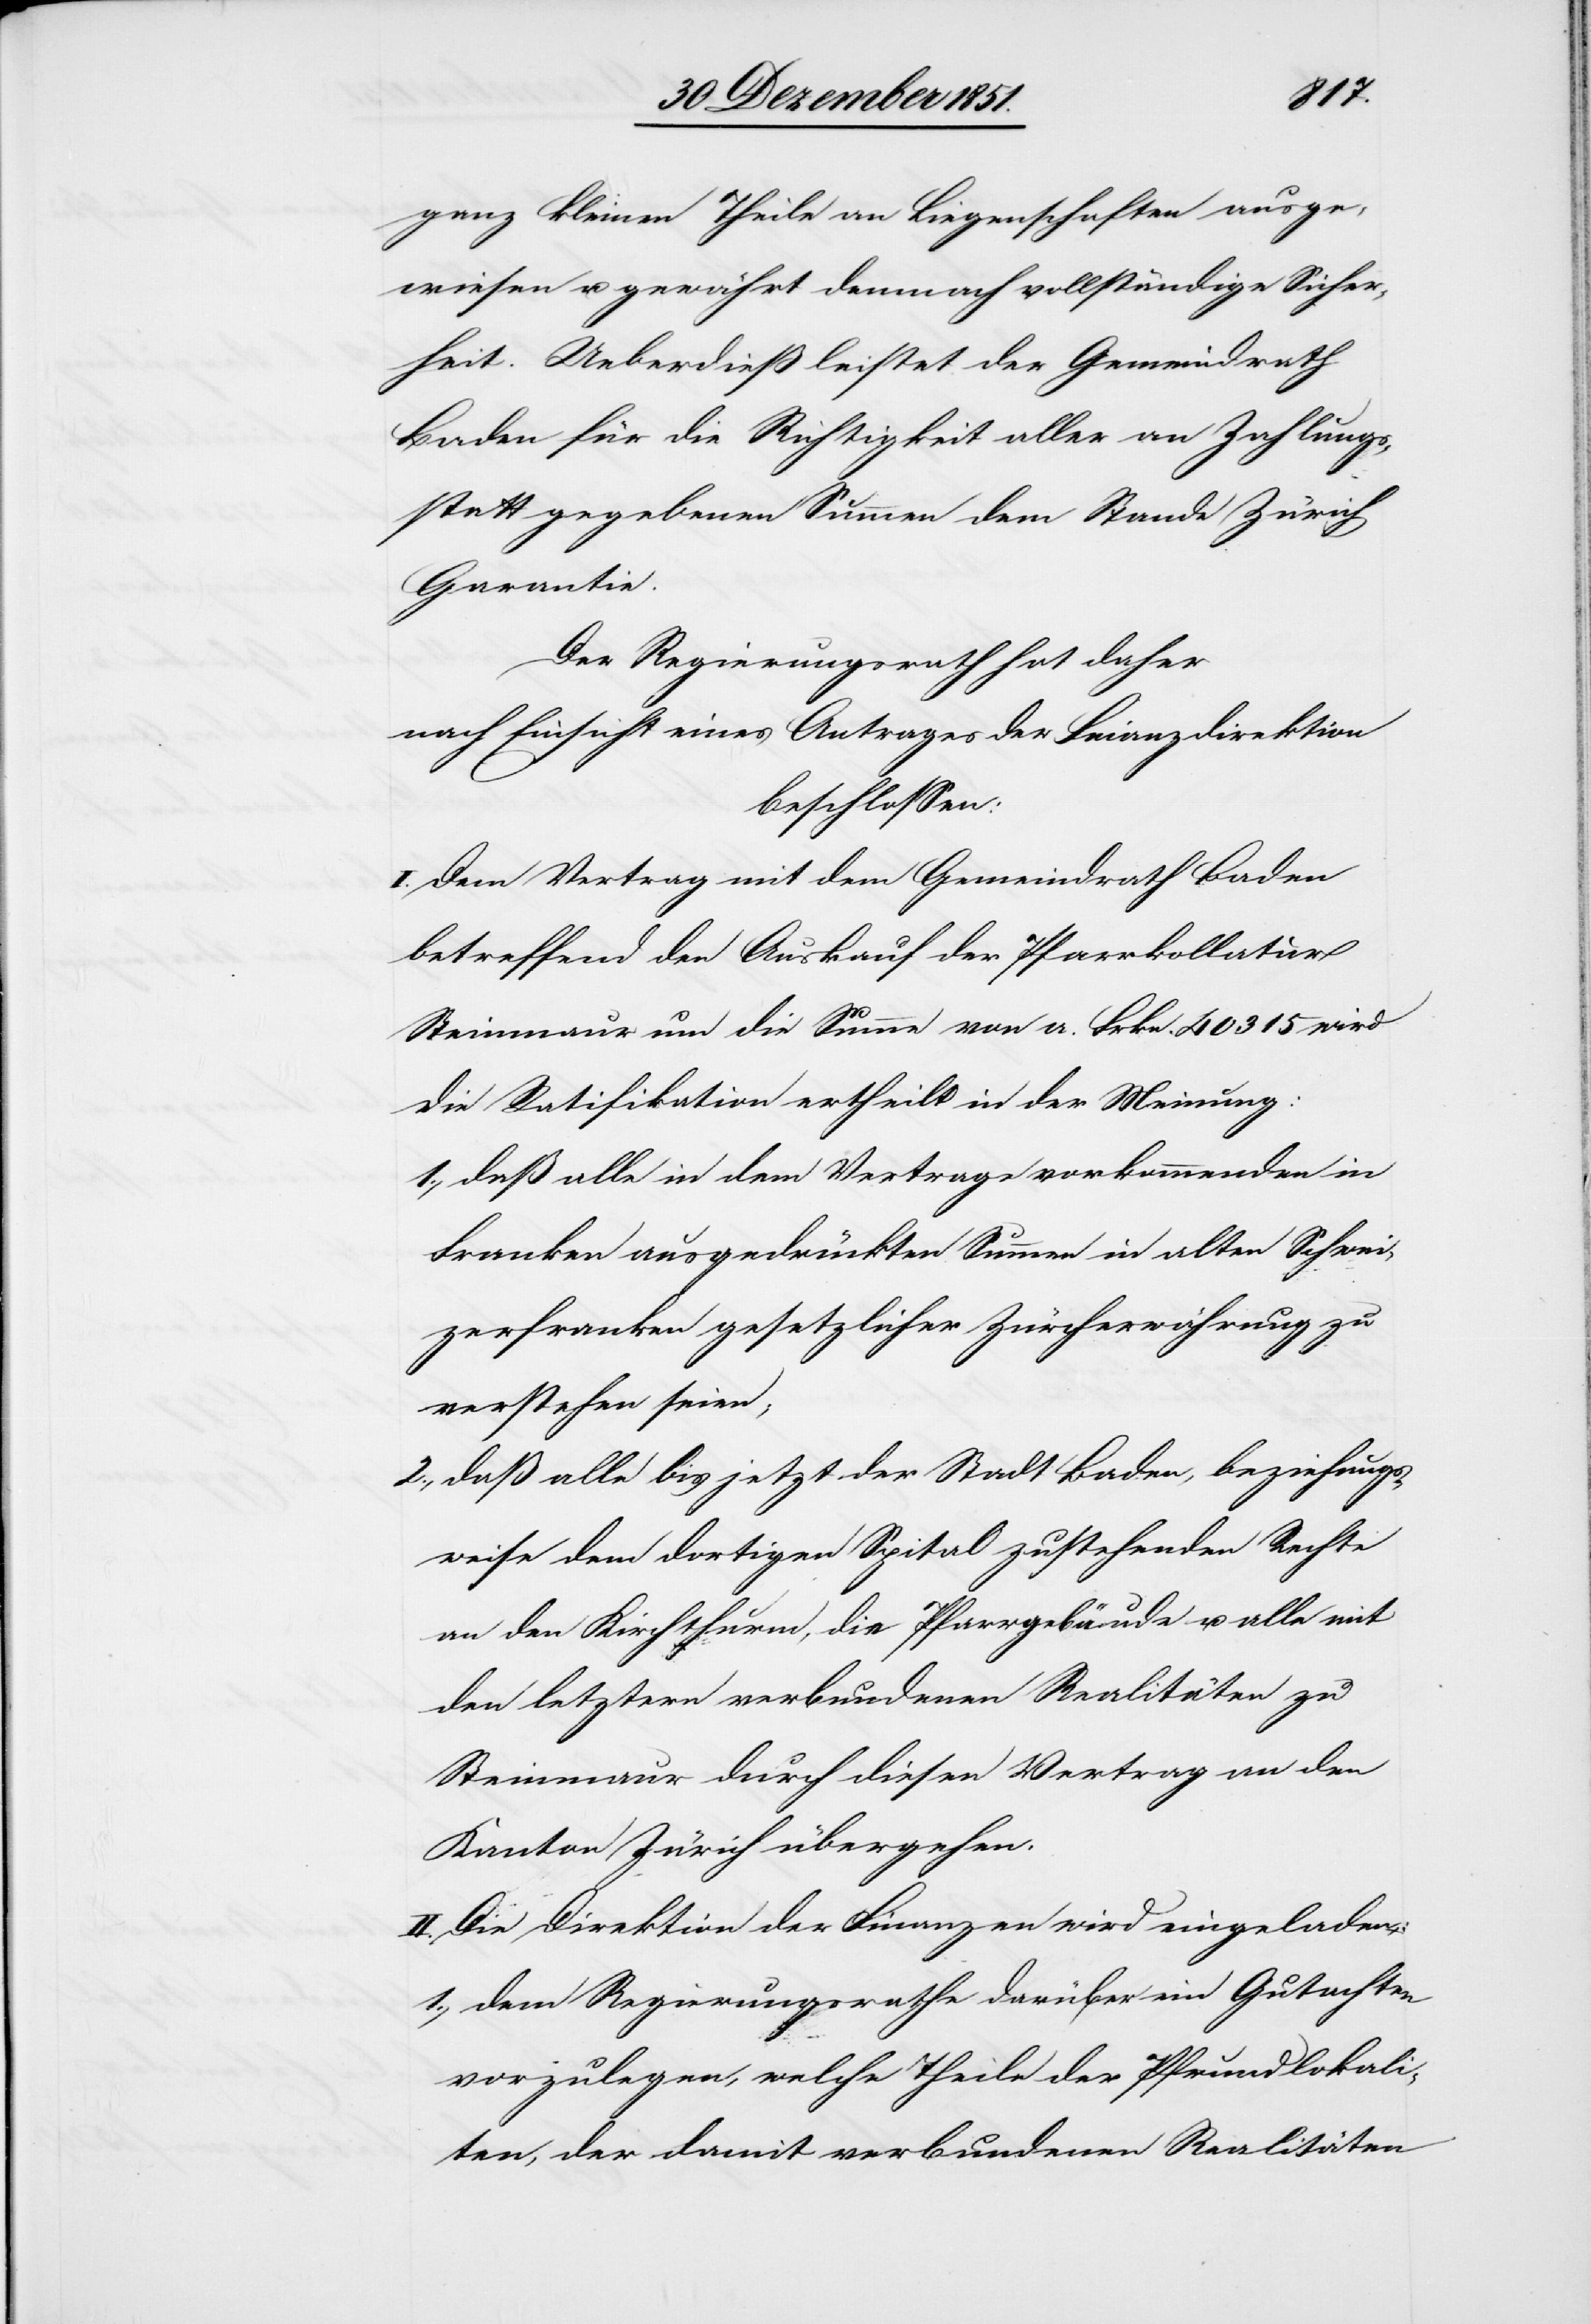
ganz kleinen Theile an Liegenschaften ausge¬
wiesen u. gewährt demnach vollständige Sicher¬
heit. Ueberdieß leistet der Gemeindrath
Baden für die Richtigkeit aller an Zahlungs¬
statt gegebenen Summen dem Stande Zürich
Garantie.
Der Regierungsrath hat daher
nach Einsicht eines Antrages der Finanzdirektion
beschlossen:
I. Dem Vertrag mit dem Gemeindrath Baden
betreffend den Auskauf der Pfarrkollatur
Steinmaur um die Summe von a. Frkn. 40315 wird
die Ratifikation ertheilt in der Meinung:
daß alle in dem Vertrage vorkommenden in
Franken ausgedrückten Summen in alten Schwei¬
zerfranken gesetzlicher Zürcherwährung zu
verstehen seien;
daß alle bis jetzt der Stadt Baden, beziehungs¬
weise dem dortigen Spital zustehenden Rechte
an den Kirchthurm, die Pfarrgebäude u. alle mit
den letztern verbundenen Realitäten zu
Steinmaur durch diesen Vertrag an den
Kanton Zürich übergehen.
II. Die Direktion der Finanzen wird eingeladen:
dem Regierungsrathe darüber ein Gutachten
vorzulegen, welche Theile der Pfrundlokali[t¬
ä]ten, der damit verbundenen Realitäten